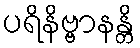
ပရိနိဗ္ဗာနန္တိ